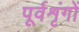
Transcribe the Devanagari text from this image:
पूर्वशृंगों